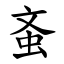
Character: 蚉